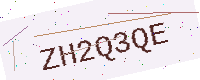
Text: ZH2Q3QE